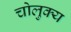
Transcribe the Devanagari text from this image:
चोलुक्य